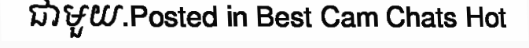
ជាមួយ.Posted in Best Cam Chats Hot